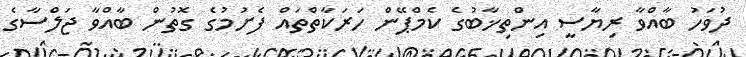
ދުވަހު ބާއްވާ ރިޔާސީ އިންތިޚާބުގެ ކެމްޕޭން ހަރަކާތްތައް ފެށުމުގެ ގޮތުން ބާއްވާ ޖަލްސާގެ